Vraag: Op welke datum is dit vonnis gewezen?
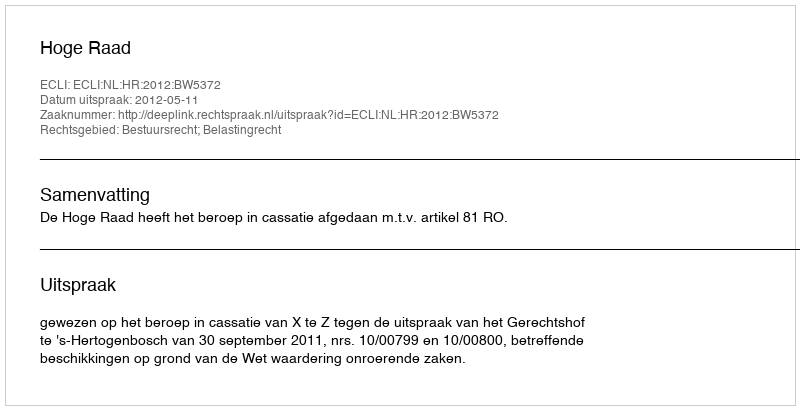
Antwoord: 2012-05-11